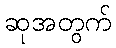
ဆုအတွက်